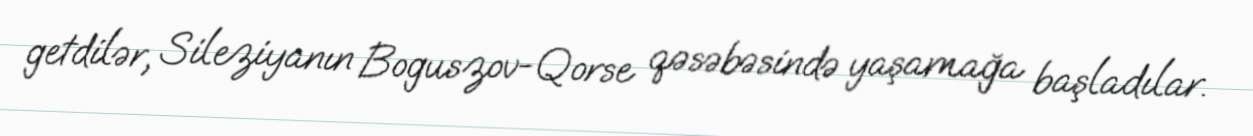
getdilər, Sileziyanın Boguszov-Qorse qəsəbəsində yaşamağa başladılar.